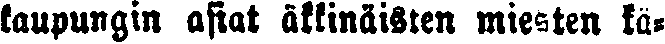
kaupungin asiat äkkinäisten mielten kä-